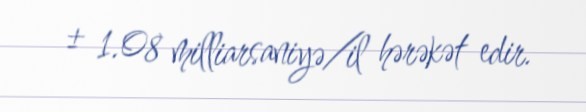
± 1.08 milliarsaniyə/il hərəkət edir.